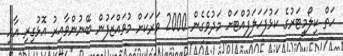
ހަތް ކިލޯމީޓަރުގެ ކަޅުފަހަލަފުއްޓަށް މަދުވެގެން 2000 ވަރަކަށް މުވައްޒަފުން ބޭނުންވާއިރު އޮޅުގިރި އާއި